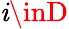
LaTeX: \mathit{i}\inD